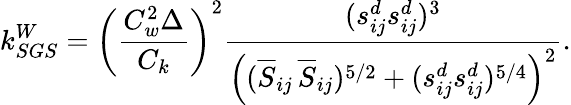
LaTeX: k_{SGS}^{W}=\left(\frac{C_{w}^{2}\Delta}{C_{k}}\right)^{2}\frac{(s_{ij}^{d}s_{ij}^{d})^{3}}{\left((\overline{{S}}_{ij}\, \overline{{S}}_{ij})^{5/2}+(s_{ij}^{d}s_{ij}^{d})^{5/4}\right)^{2}}.